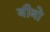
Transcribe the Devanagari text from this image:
बीबो